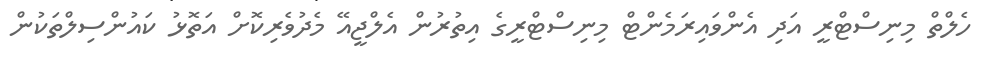
ހެލްތް މިނިސްޓްރީ އަދި އެންވައިރަމެންޓް މިނިސްޓްރީގެ އިތުރުން އެލްޖީއޭ މެދުވެރިކޮށް އަތޮޅު ކައުންސިލްތަކުން